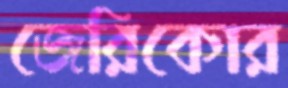
জেরিকোর